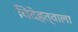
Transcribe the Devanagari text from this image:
विदेहत्वाला